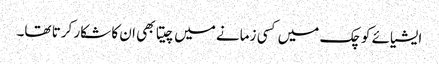
ایشیائے کوچک میں کسی زمانے میں چیتا بھی ان کا شکار کرتا تھا۔